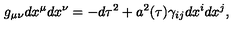
g _ { \mu \nu } d x ^ { \mu } d x ^ { \nu } = - d \tau ^ { 2 } + a ^ { 2 } ( \tau ) \gamma _ { i j } d x ^ { i } d x ^ { j } ,